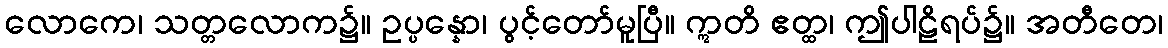
လောကေ၊ သတ္တလောက၌။ ဥပ္ပန္နော၊ ပွင့်တော်မူပြီ။ ဣတိ ဧတ္ထ၊ ဤပါဠိရပ်၌။ အတီတေ၊